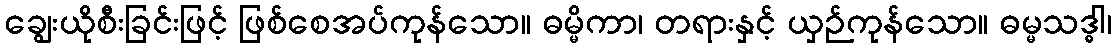
ချွေးယိုစီးခြင်းဖြင့် ဖြစ်စေအပ်ကုန်သော။ ဓမ္မိကာ၊ တရားနှင့် ယှဉ်ကုန်သော။ ဓမ္မသဒ္ဓါ၊